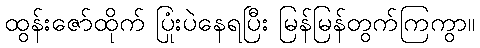
ထွန်းဇော်ထိုက် ပြုံးပဲနေရပြီး မြန်မြန်တွက်ကြကွာ။